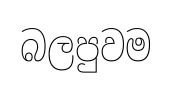
බලපුවම